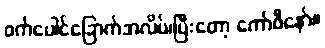
ဝက်ပေါင်ခြောက်အလိပ်၊ပြီးတော့ ကော်ဖီနော်။